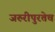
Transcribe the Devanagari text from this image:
जरुरीपुरतेच